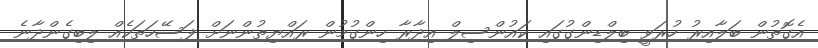
އެގޮތުން ބަލާއިރު ހުރަވީ ބިލްޑިންގުގައި ކައުންސިލް އިދާރާ ހިންގުމުން ރައްޔިތުންނަށް ފަސޭހަތަކެއް ލިބިގެންދާނެ